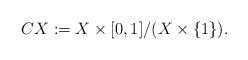
LaTeX: \begin{align*} CX:= X \times [0,1]/(X \times \{1\}).\end{align*}